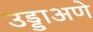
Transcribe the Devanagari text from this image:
उड्डाअणे